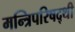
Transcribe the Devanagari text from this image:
मन्त्रिपरिषद्‍थी